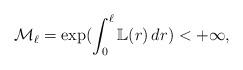
LaTeX: \begin{align*}\mathcal{M}_\ell=\exp(\int_0^\ell\mathbb{L}(r)\,dr)<+\infty,\end{align*}